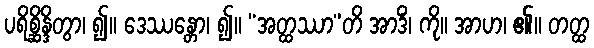
ပရိစ္ဆိန္ဒိတွာ၊ ၍။ ဒေဿန္တော၊ ၍။ “အတ္ထဿာ”တိ အာဒိံ၊ ကို။ အာဟ၊ ၏။ တတ္ထ